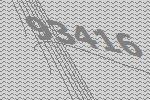
93416